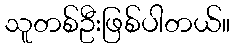
သူတစ်ဦးဖြစ်ပါတယ်။